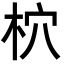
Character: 柼